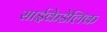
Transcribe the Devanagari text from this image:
साईकेडेलिक